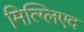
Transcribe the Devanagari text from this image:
मित्ग्लिएद